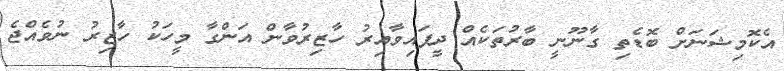
އެކޮމިޝަނަށް ބޮޑެތި ގާނޫނީ ބާރުތަކެއް ދީފައިވާއިރު ހާޒިރުވާން އަންގާ މީހަކު ހާޒިރު ނުވެއްޖެ